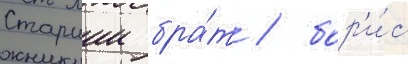
Старшии бра́т / бор'и́с